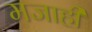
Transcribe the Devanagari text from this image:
मजाही